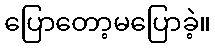
ပြောတော့မပြောခဲ့။